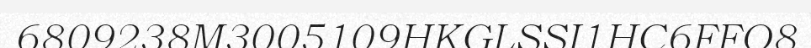
6809238M3005109HKGLSSI1HC6FFO8